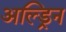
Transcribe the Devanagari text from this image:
अल्ड्रिन